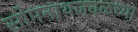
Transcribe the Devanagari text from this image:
सोमनाथजवळच्या